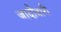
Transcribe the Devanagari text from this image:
जादौबारी